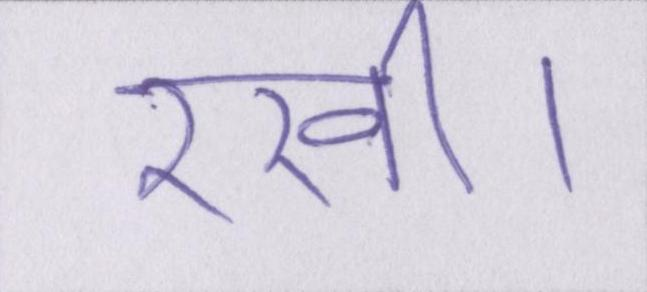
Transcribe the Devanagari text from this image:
रखी।